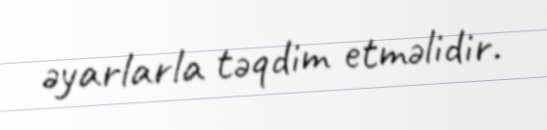
əyarlarla təqdim etməlidir.